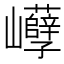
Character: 𡿒